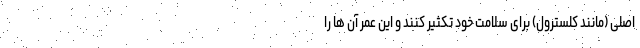
اصلی (مانند کلسترول) برای سلامت خود تکثیر کنند و این عمر آن ها را